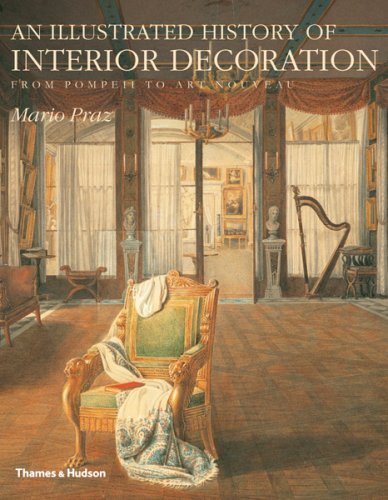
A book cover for An Illustrated History of Interior Decoration: From Pompeii to Art Nouveau; Mario Praz; Arts & Photography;